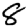
Digit: 8